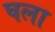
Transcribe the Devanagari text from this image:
घला